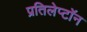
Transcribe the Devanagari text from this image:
प्रतिलेप्टॉन